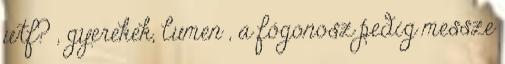
wtf? , gyerekek, lumen , a főgonosz pedig messze